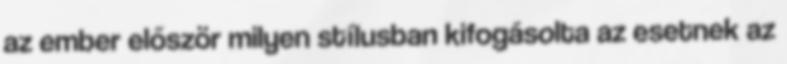
az ember először milyen stílusban kifogásolta az esetnek az